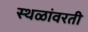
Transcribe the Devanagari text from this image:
स्थळांवरती